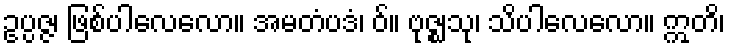
ဥပ္ပဇ္ဇ၊ ဖြစ်ပါလေလော။ အမတံပဒံ၊ ဝ်။ ဗုဇ္ဈသု၊ သိပါလေလော။ ဣတိ၊